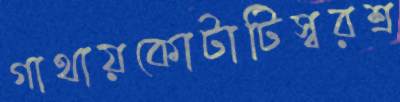
গাথায়কোটাটিস্বরশ্র